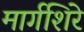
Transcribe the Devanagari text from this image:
मार्गशिरे